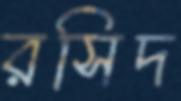
রসিদ